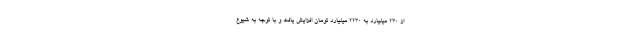
از 230 میلیارد به 2230 میلیارد تومان افزایش یافت و با توجه به شیوع